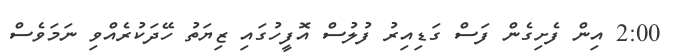
2:00 އިން ފެށިގެން ފަސް ގަޑިއިރު ފުލުސް އޮފީހުގައި ޒިޔަތު ހޭދަކުރެއްވި ނަމަވެސް